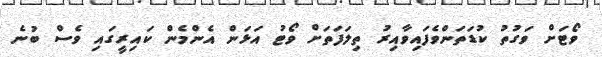
ވޯޓަށް ވަގުތު ކުޑަތަންވެފައިވާއިރު ތިލަފަތަށް ވޯޓު އަޅަން އެންމެން ކައިރީގައި ވެސް ބުނެ